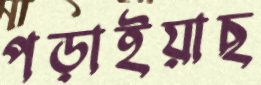
পড়াইয়াছ